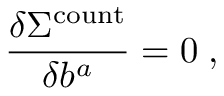
\frac { \delta \Sigma ^ { \mathrm { c o u n t } } } { \delta b ^ { a } } = 0 \; ,